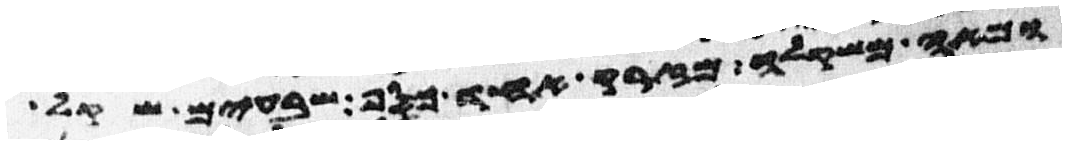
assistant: ומאה משקלה מזרק אחד כסף שבעים שקל